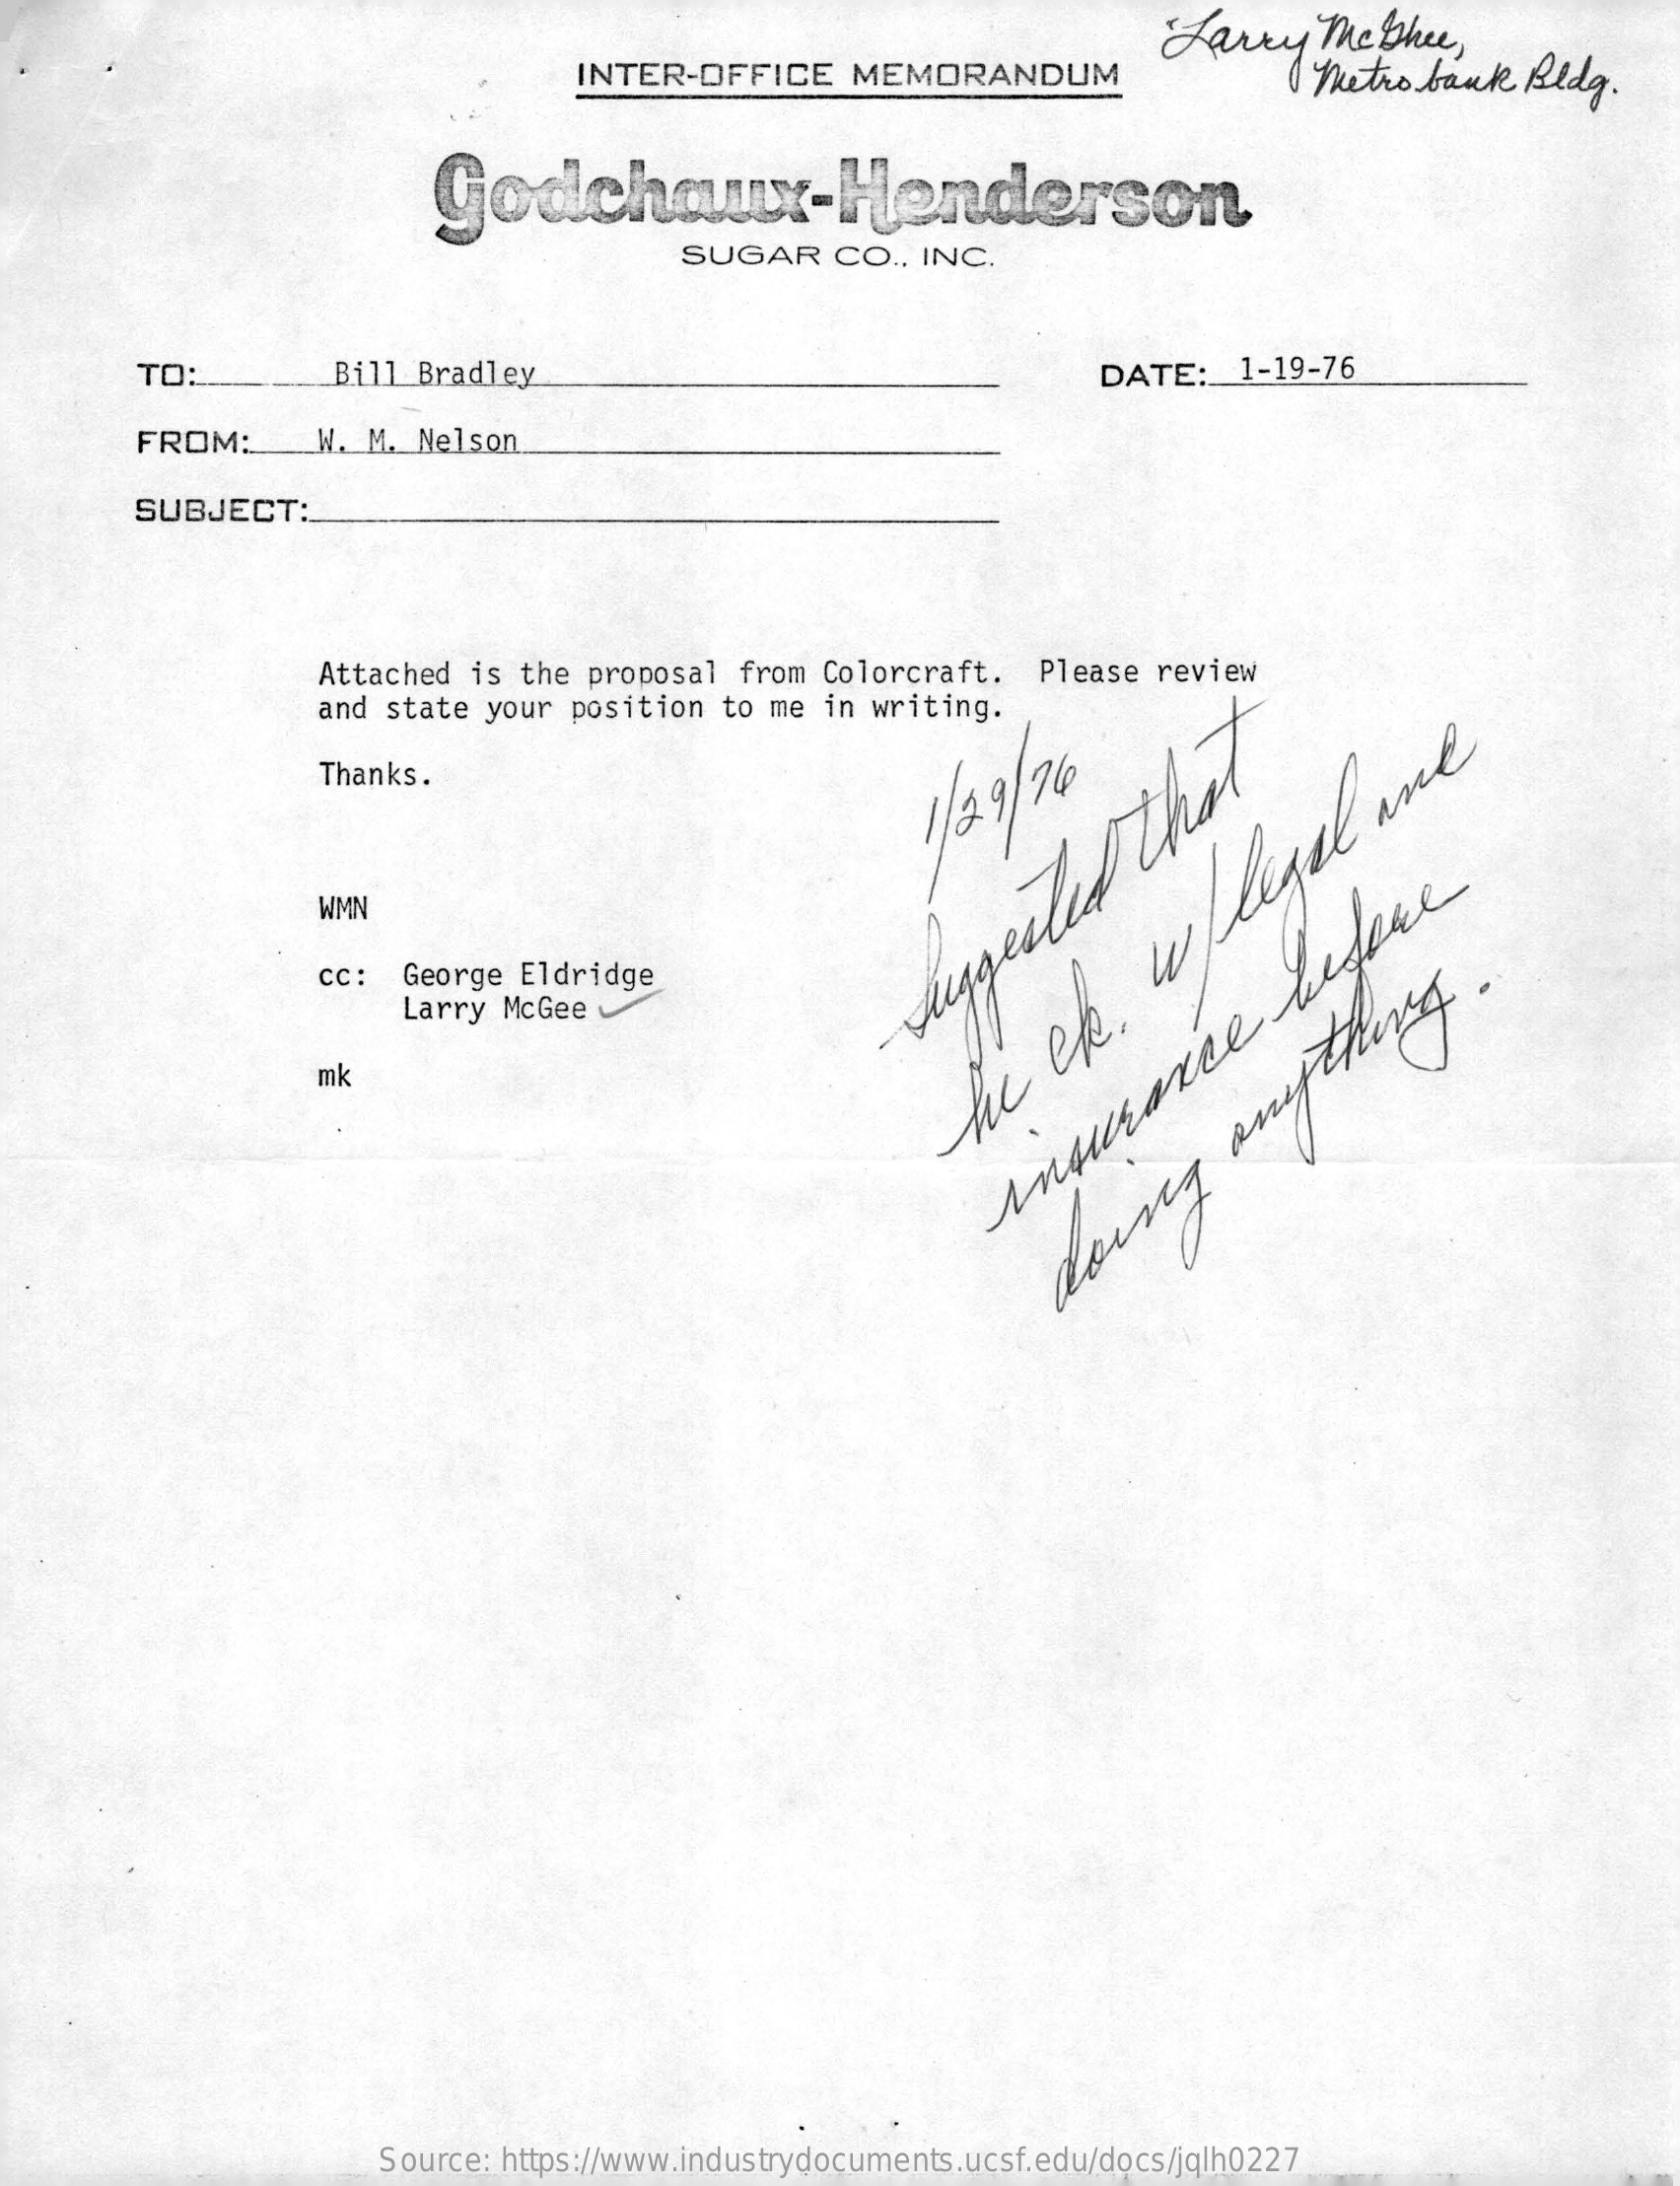
Larry    Mc  thee,
     INTER-OFFICE    MEMORANDUM    metro  bank   Bldg.
     godchaux-Henderson
     SUGAR    CO  ., INC.
     TO:    Bill Bradley    DATE:    1-19-76
     FROM:    W.  M. Nelson
     SUBJECT:
     Attached is the  proposal  from Colorcraft.   Please review
     and state your  position to me  in writing.
     Thanks.
     1/ 29/ 76
     WMN
     cc:  George Eldridge
     Larry McGee
     Suggested
     that
     mk
     hi
     ex.
     w/legal
     me
     doing
     anything.
     Source: https://www.industrydocuments.ucsf.edu/docs/jqlh0227